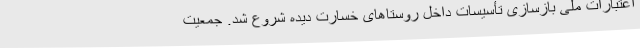
اعتبارات ملی بازسازی تأسیسات داخل روستاهای خسارت دیده شروع شد. جمعیت